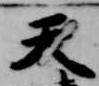
天